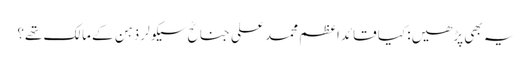
یہ بھی پڑھیں: کیا قائداعظم محمد علی جناحؒ سیکولر ذہن کے مالک تھے؟